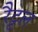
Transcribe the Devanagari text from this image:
रैट्टल